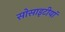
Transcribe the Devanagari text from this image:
सोसाइटीयां